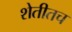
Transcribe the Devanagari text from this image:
शेतीतच